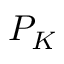
P _ { K }